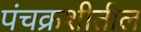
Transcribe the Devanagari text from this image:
पंचक्रशीतील